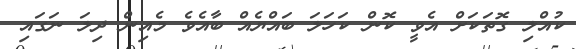
ކުއްލި ގޮތަކަށް އެވީ ކޮން ކަހަލަ ބައްޔެއް ބާއެވެ މެއިން ދިލަ ނަގައި